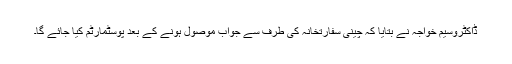
ڈاکٹروسیم خواجہ نے بتایا کہ چینی سفارتخانہ کی طرف سے جواب موصول ہونے کے بعد پوسٹمارٹم کیا جائے گا۔